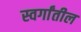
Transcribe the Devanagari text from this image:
स्वर्गांतील